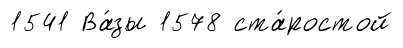
1541 Ва́зы 1578 ста́ростой